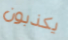
يكذبون